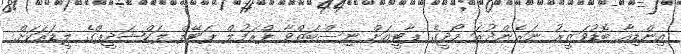
އިންޑިއާ ބޮޑުވަޒީރު ނަރެންދުރަ މޯދީގެ ޕާޓީއަށް ނިސްބަތްވާ ޕްރަފުލް ޕަޓޭލް ލަކްޝަދީޕްގެ ލީޑަރަަކަށް